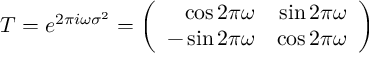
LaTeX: T = e ^ { 2 \pi i \omega \sigma ^ { 2 } } = \left( \begin{array} { r r } { { \cos 2 \pi \omega } } & { { \sin 2 \pi \omega } } \\ { { - \sin 2 \pi \omega } } & { { \cos 2 \pi \omega } } \end{array} \right)